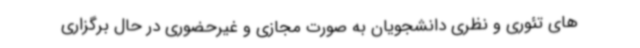
های تئوری و نظری دانشجویان به صورت مجازی و غیرحضوری در حال برگزاری